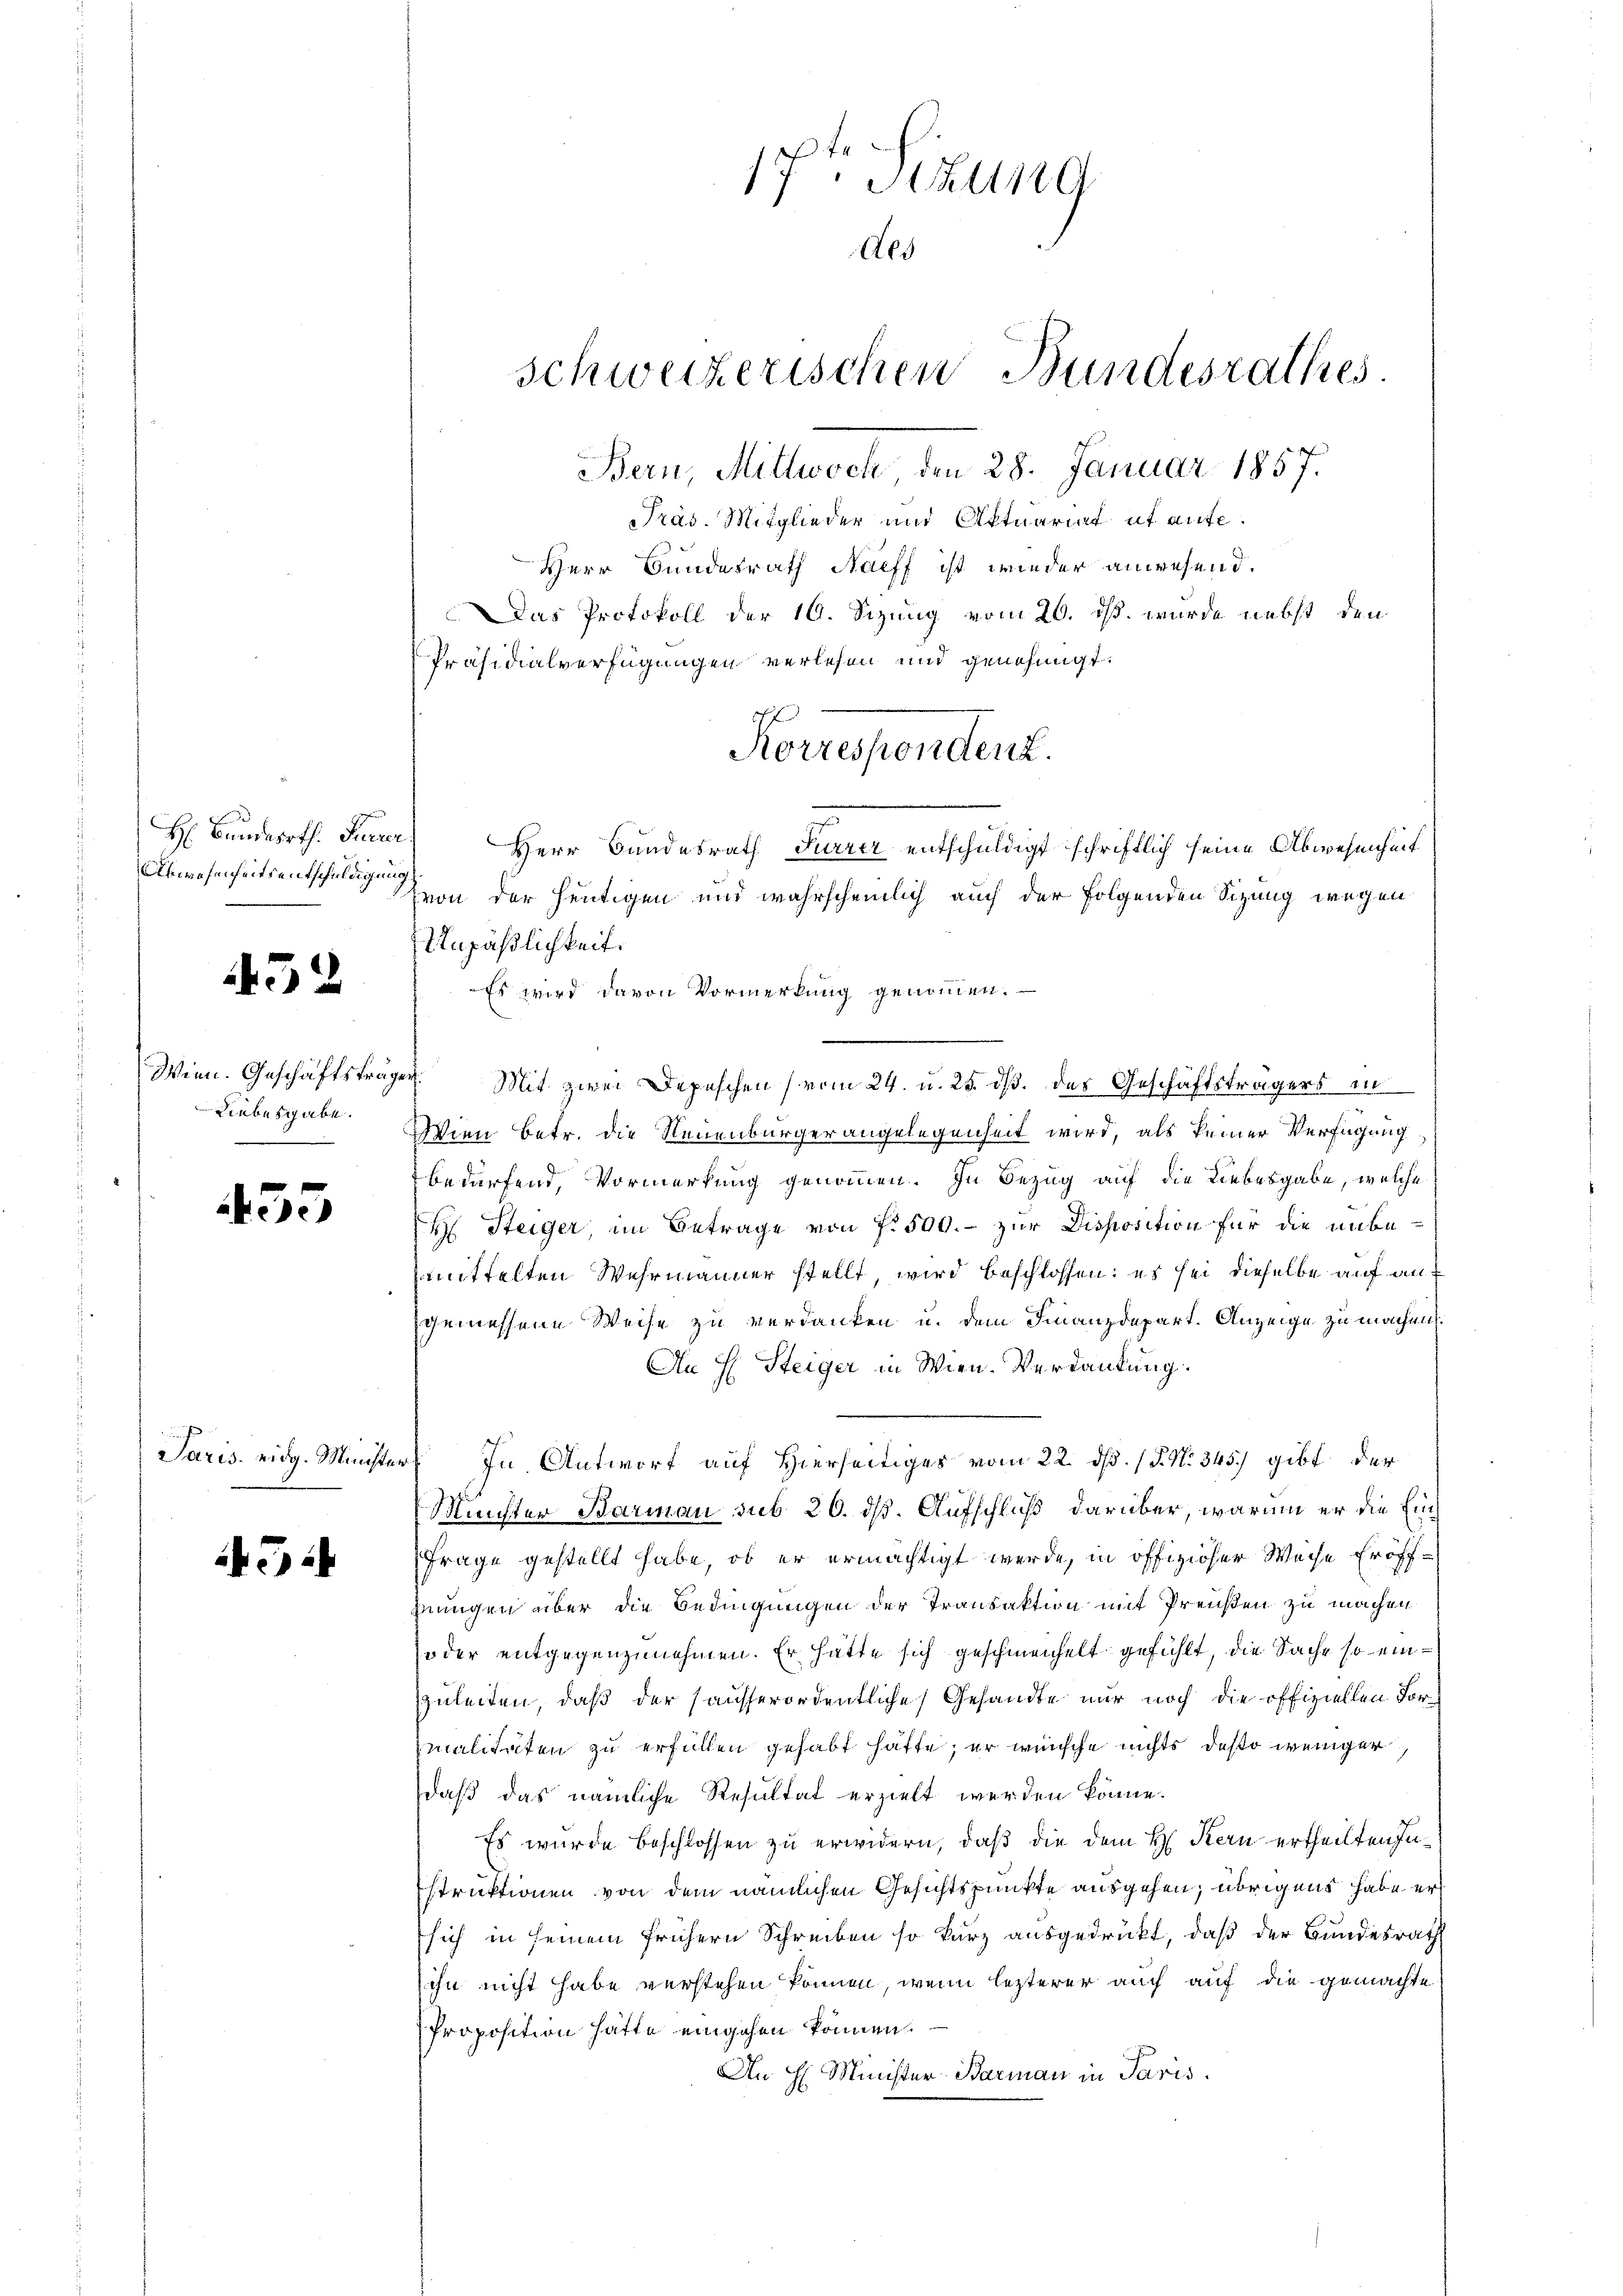
H: Bundesrth. Furrer
Abwesenheitsentschuldigung

52

Wien. Geschäftsträg
Liebesgabe.

453

Paris eidg. Minister

5

17 Sitzung
Aes
schweizerischen Bundesrathes
Bern, Mittwoch den 28. Januar 1857.
Präs. Mitglieder und Aktuariat ut anfe¬
Herr Bundesrath Naeff ist wieder anwesend.
Das Protokoll der 10. Sizung vom 20. ds. wurde nebst den
Präsidialverfügungen verlesen und genehmigt.

Korrespendenz.

. Mit zwei Depeschen (vom 24. u. 25. ds. des Geschäftsträgers in

Herr Bundesrath Furrer entschuldigt schriftlich seine Abwesenheit
von der heutigen und wahrscheinlich auch der folgenden Sitzung wegen
Unpäßlichkeit.
Es wird davon Vormerkung genommen.
Wien Betr. die Neuenburgerangelegenheit wird, als keiner Verfügung
bedürfend, Vormerkung genommen. In Bezug auf die Liebesgabe, welche
H Steiger im Betrage von 7500.- zur Disposition für die unbemittelten Wehrmänner stellt, wird beschlossen: es sei dieselbe auf auf
gemessene Weise zu verdanken u. dem Finanzdepart. Anzeige zu machen:
An H. Steiger in Wien. Verdankung.
 In Antwort auf Hierseitiges vom 22. dß. (§. N. 345) gibt der
Münster Barmann sub 20. ds. Aufschluß darüber, warum er die Ein¬
Frage gestellt habe, ob er ermächtigt werde, in offiziöser Weise Eröffhnungen über die Bedingungen der Transaktion mit Preußen zu machen
oder entgegenzunehmen. Er hätte sich geschmeichelt gefühlt, die Sache so ein¬
Zuleiten, daß der hausserordentliche Gesandte nur noch die offiziellen Formalitäten zu erfüllen gehabt hätte; er wünsche nichts, daß weniger,
daß das nämliche Resultat erzielt werden könne.
Es wurde beschlossen zu erwidern, daß die dem H. Kern ertheilten Instruktionen von dem nämlichen Gesichtspunkte ausgehen; übrigens habe er
sich in seinem frühern Schreiben so kurz ausgedruckt, daß der Bundesrath
ihn nicht habe verstehen können, wenn lezterer auch auf die gemachte
Proposition hätte eingehen können.
An H. Minister Barmann in Paris